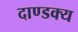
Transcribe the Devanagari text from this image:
दाण्डक्य